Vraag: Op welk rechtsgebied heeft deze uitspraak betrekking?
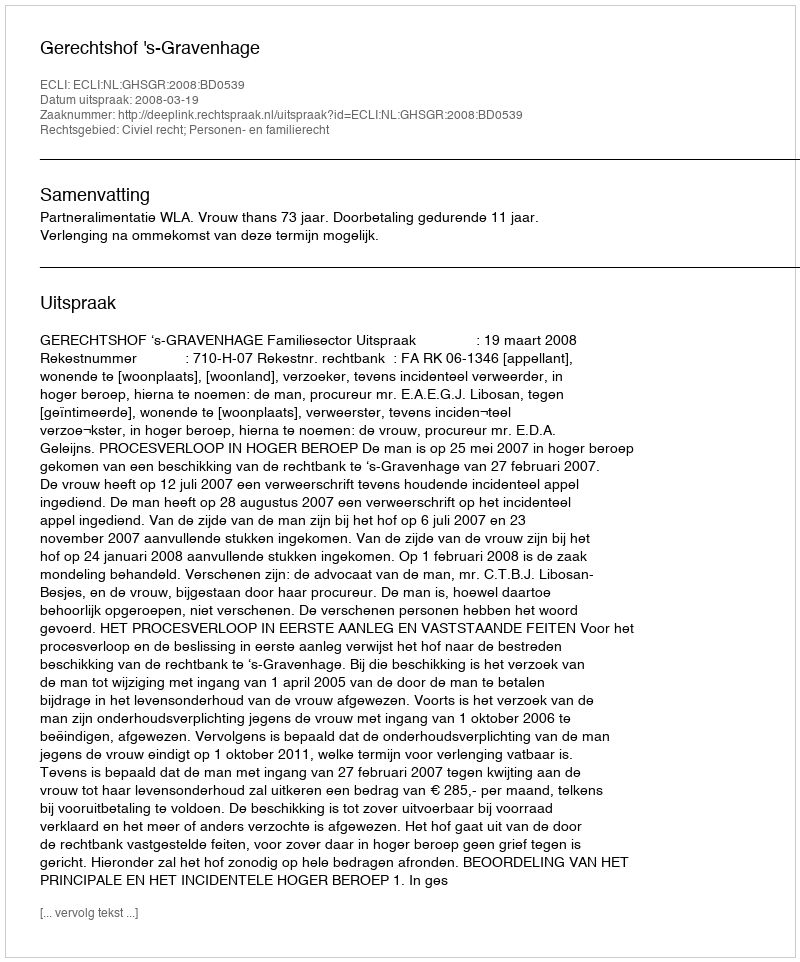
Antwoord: Civiel recht; Personen- en familierecht